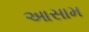
આસામ